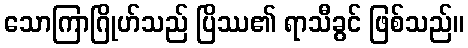
သောကြာဂြိုဟ်သည် ပြိဿ၏ ရာသီခွင် ဖြစ်သည်။